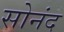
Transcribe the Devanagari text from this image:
सोनंद